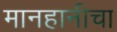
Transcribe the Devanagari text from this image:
मानहानीचा